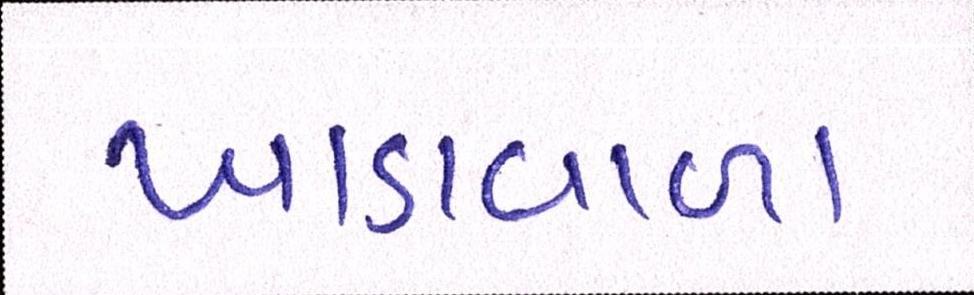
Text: ખાડાવાળા